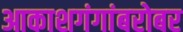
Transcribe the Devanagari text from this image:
आकाशगंगांबरोबर